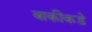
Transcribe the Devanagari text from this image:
बाकीकडे